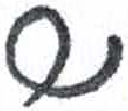
אות: ש